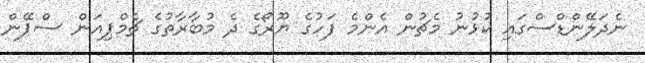
ނެދަލޭންޑްސްގައި ކުޅުނު މެޗުން އެންމެ ފަހުގެ ޔޫރޯގެ ދެ މުބާރާތުގެ ޗެމްޕިއަން ސްޕޭން